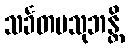
သင်္ခတမသုဘန္တိ